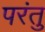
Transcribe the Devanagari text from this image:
परंतु